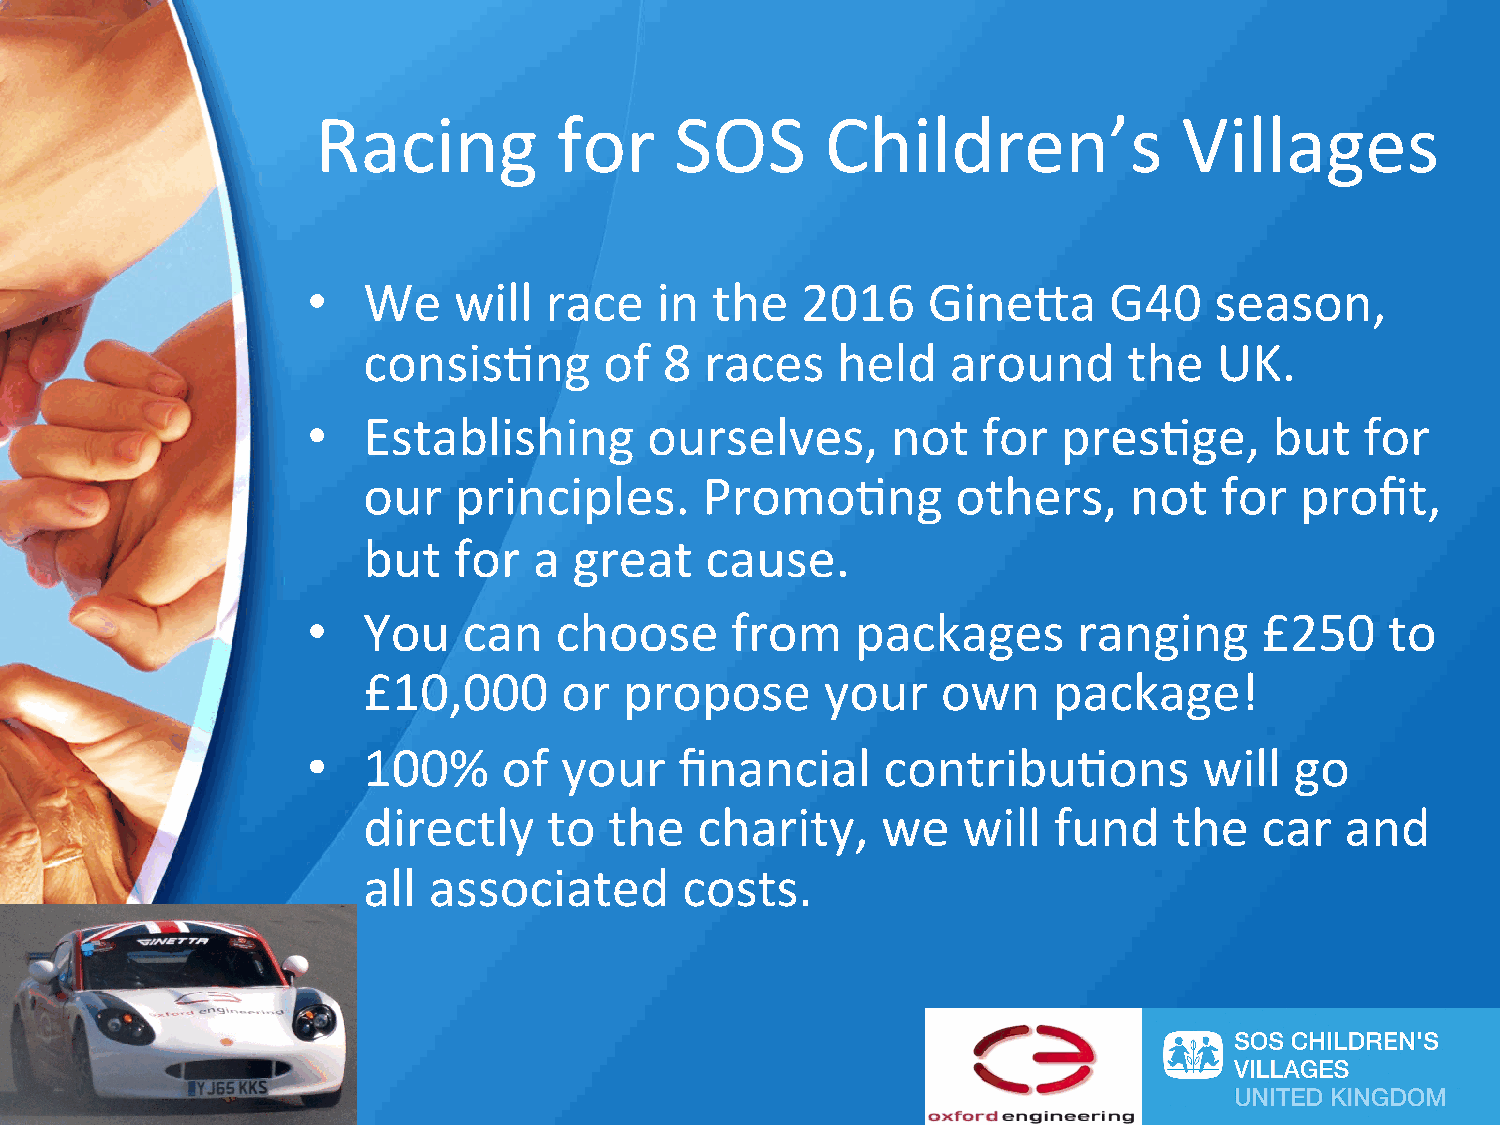
Racing          for     SOS       Children’s             Villages
 •   We    will  race   in  the   2016    Gine=a      G40    season,
 consis@ng       of  8  races   held    around      the   UK.
 •   Establishing       ourselves,      not   for  pres@ge,      but   for
 our   principles.      Promo@ng        others,     not   for  profit,
 but   for  a  great    cause.
 •   You    can   choose     from     packages      ranging      £250    to
 £10,000      or  propose       your   own     package!
 •   100%     of  your    financial    contribu@ons          will  go
 directly    to  the   charity,    we    will  fund    the   car  and
 all associated       costs.